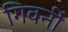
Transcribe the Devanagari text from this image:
गिवर्नी